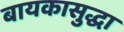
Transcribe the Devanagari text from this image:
बायकासुद्धा